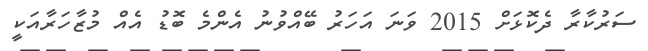
ސަރުކާރާ ދެކޮޅަށް 2015 ވަނަ އަހަރު ބޭއްވުނު އެންމެ ބޮޑު އެއް މުޒާހަރާއަކީ